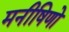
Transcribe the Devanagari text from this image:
मनीषिणो